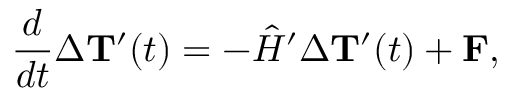
\frac { d } { d t } \Delta { { \bf T } ^ { \prime } } ( t ) = - { \hat { H } ^ { \prime } } \Delta { { \bf T } ^ { \prime } } ( t ) + { \bf F } ,